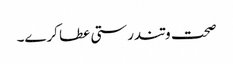
صحت وتندرستی عطا کرے۔